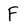
Character: F